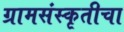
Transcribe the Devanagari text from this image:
ग्रामसंस्कृतीचा